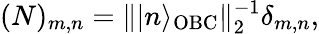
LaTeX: \begin{array}{r}{(N)_{m,n}=\| |n\rangle_{\mathrm{OBC}}\| _{2}^{-1}\delta_{m,n},}\end{array}